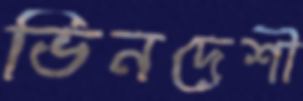
ভিনদেশী